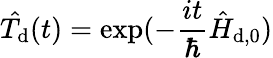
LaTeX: \hat{T_{\mathrm{d}}}(t)=\exp(-\frac{it}{\hbar}\hat{H}_{\mathrm{d},0})